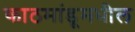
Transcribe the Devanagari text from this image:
काठमांडूमधील